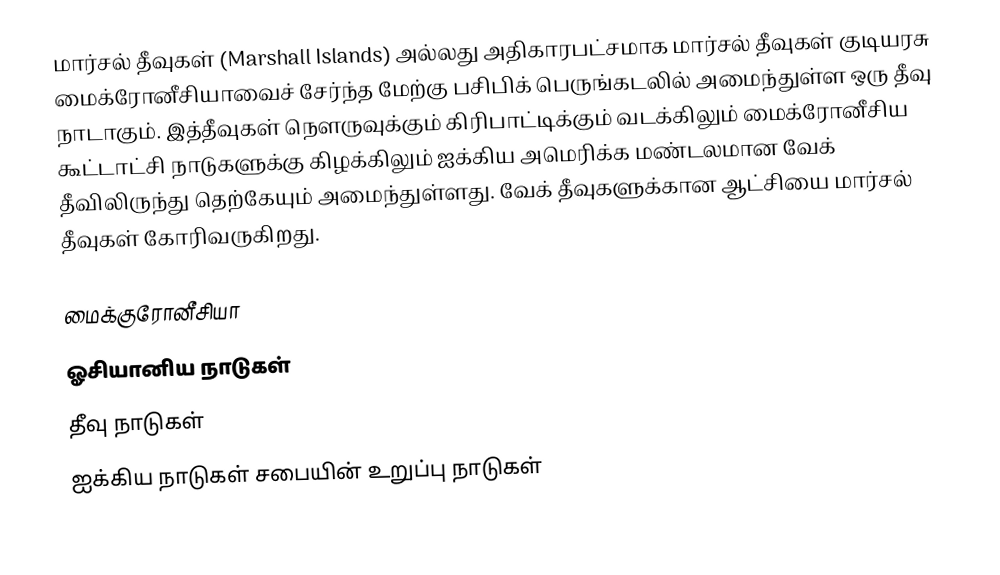
மார்சல் தீவுகள் (Marshall Islands) அல்லது அதிகாரபட்சமாக மார்சல் தீவுகள் குடியரசு மைக்ரோனீசியாவைச் சேர்ந்த மேற்கு பசிபிக் பெருங்கடலில் அமைந்துள்ள ஒரு தீவு நாடாகும். இத்தீவுகள் நௌருவுக்கும் கிரிபாட்டிக்கும் வடக்கிலும் மைக்ரோனீசிய கூட்டாட்சி நாடுகளுக்கு கிழக்கிலும் ஐக்கிய அமெரிக்க மண்டலமான வேக் தீவிலிருந்து தெற்கேயும் அமைந்துள்ளது. வேக் தீவுகளுக்கான ஆட்சியை மார்சல் தீவுகள் கோரிவருகிறது.

மைக்குரோனீசியா
ஓசியானிய நாடுகள்
தீவு நாடுகள்
ஐக்கிய நாடுகள் சபையின் உறுப்பு நாடுகள்